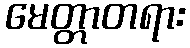
မေတ္တာတရား